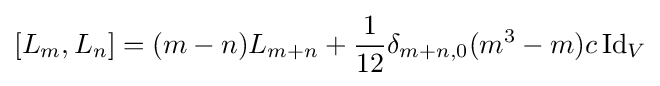
[L_{m},L_{n}]=(m-n)L_{m+n}+{\frac {1}{12}}\delta _{m+n,0}(m^{3}-m)c\,\mathrm {Id} _{V}